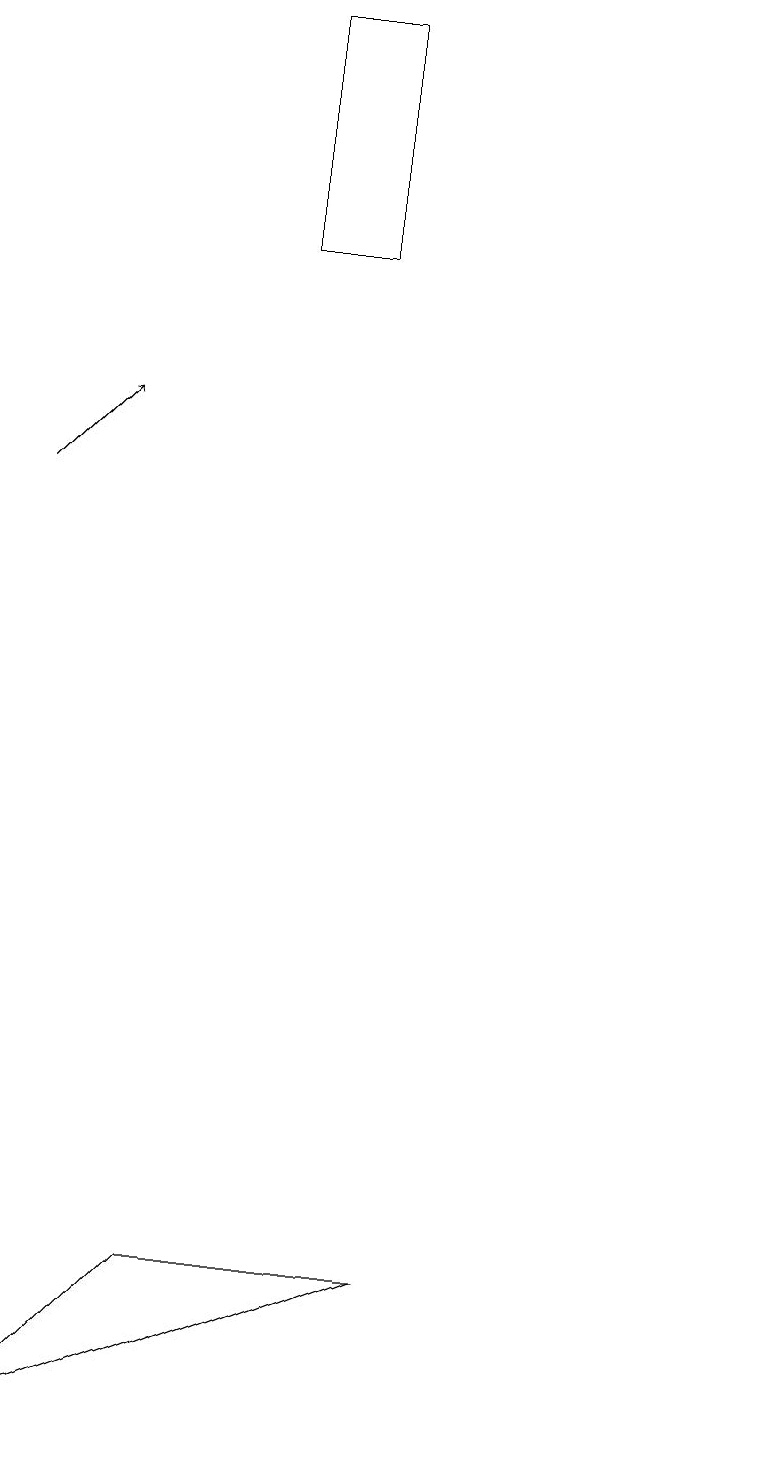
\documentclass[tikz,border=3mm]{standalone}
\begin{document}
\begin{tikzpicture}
\draw (10,10) circle (0);
\draw (3,2) -- (1,0) -- (6,2) -- cycle;
\draw (5,15) rectangle (4,18);
\draw[->] (1,12) -- (2,13);
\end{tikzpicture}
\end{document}